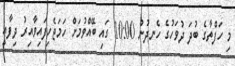
މި ހަފްތާގެ ބުދަ ދުވަހުގެ ހެނދުނު 10:00 ގައި ބޭއްވުމަށް ހަމަޖެހިފައިވާއިރު ދިފާއީ